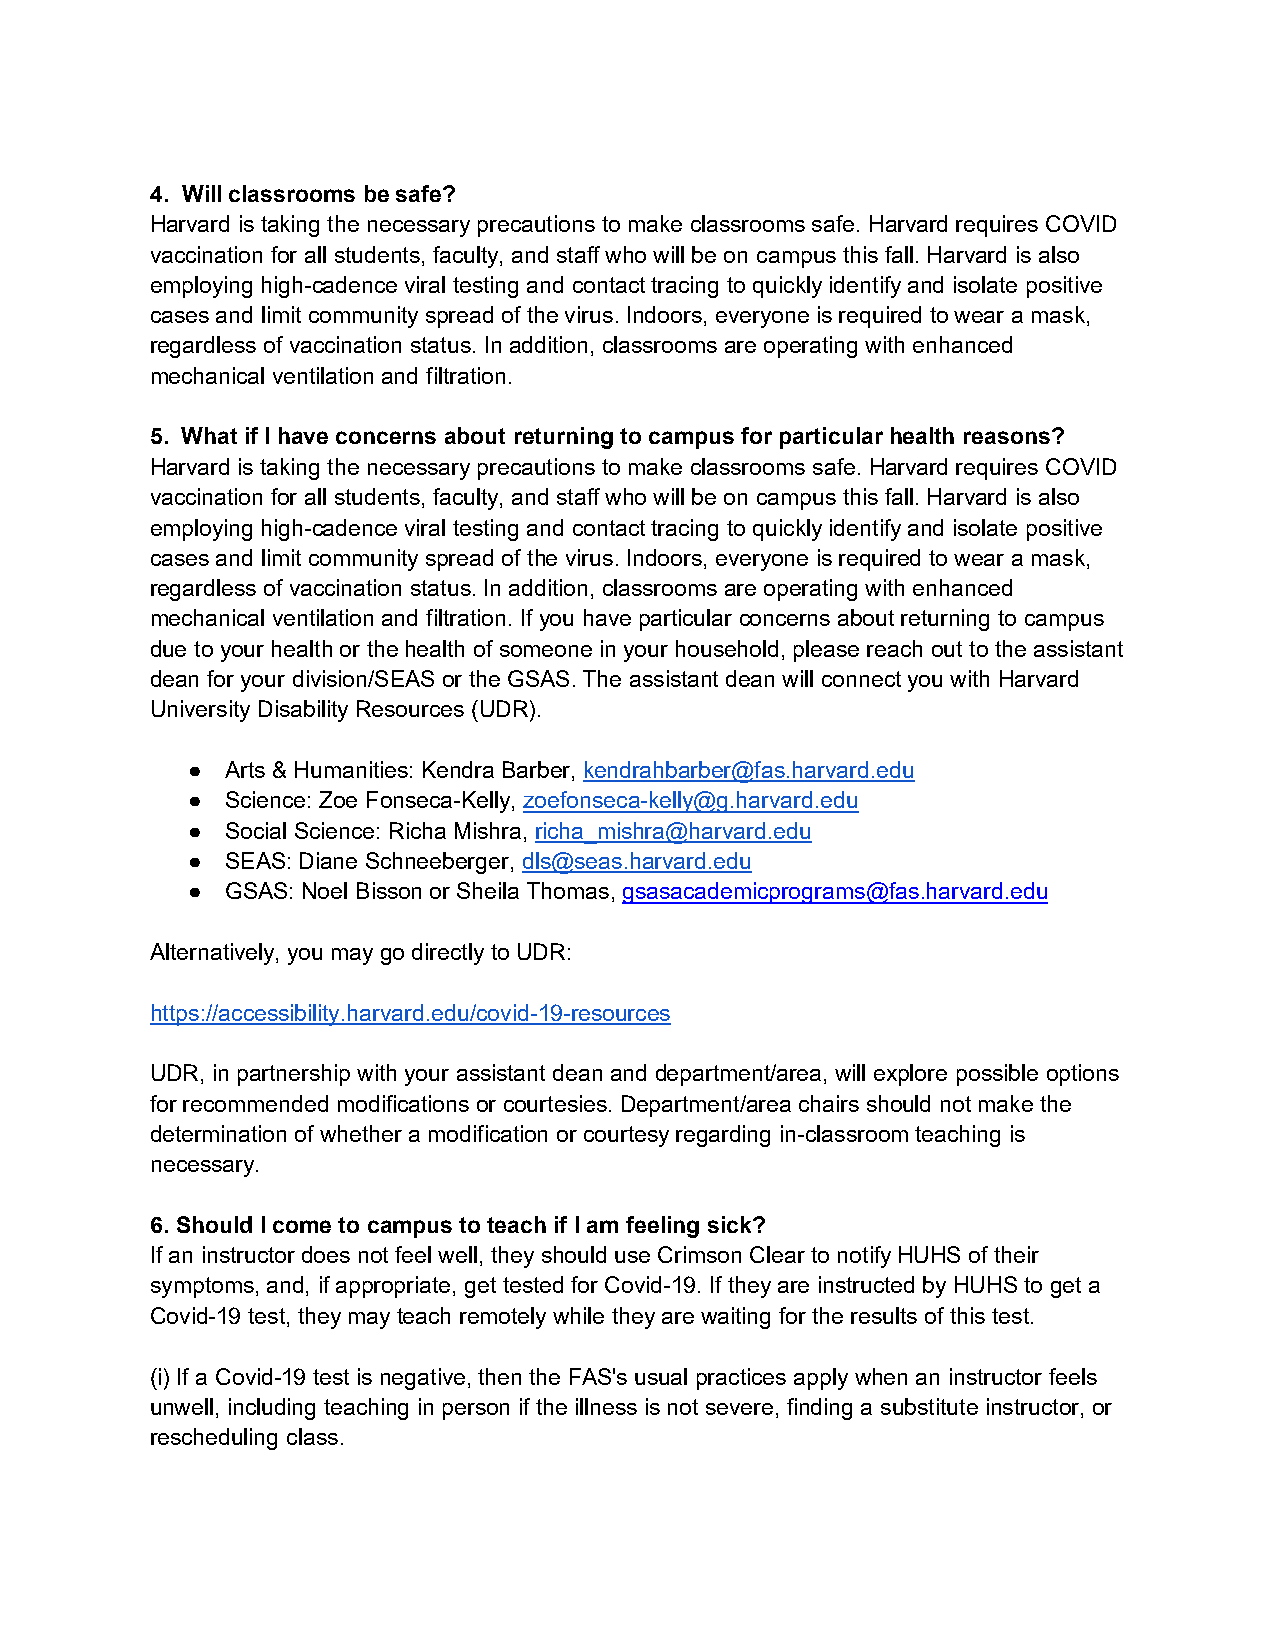
4. Will classrooms be safe?
 Harvard is taking the necessary precautions to make classrooms safe. Harvard requires COVID
 vaccination for all students, faculty, and staff who will be on campus this fall. Harvard is also
 employing high-cadence viral testing and contact tracing to quickly identify and isolate positive
 cases and limit community spread of the virus. Indoors, everyone is required to wear a mask,
 regardless of vaccination status. In addition, classrooms are operating with enhanced
 mechanical ventilation and filtration.
 5. What if I have concerns about returning to campus for particular health reasons?
 Harvard is taking the necessary precautions to make classrooms safe. Harvard requires COVID
 vaccination for all students, faculty, and staff who will be on campus this fall. Harvard is also
 employing high-cadence viral testing and contact tracing to quickly identify and isolate positive
 cases and limit community spread of the virus. Indoors, everyone is required to wear a mask,
 regardless of vaccination status. In addition, classrooms are operating with enhanced
 mechanical ventilation and filtration. If you have particular concerns about returning to campus
 due to your health or the health of someone in your household, please reach out to the assistant
 dean for your division/SEAS or the GSAS. The assistant dean will connect you with Harvard
 University Disability Resources (UDR).
 ●  Arts & Humanities: Kendra Barber, kendrahbarber@fas.harvard.edu
 ●  Science: Zoe Fonseca-Kelly, zoefonseca-kelly@g.harvard.edu
 ●  Social Science: Richa Mishra, richa_mishra@harvard.edu
 ●  SEAS: Diane Schneeberger, dls@seas.harvard.edu
 ●  GSAS: Noel Bisson or Sheila Thomas, gsasacademicprograms@fas.harvard.edu
 Alternatively, you may go directly to UDR:
 https://accessibility.harvard.edu/covid-19-resources
 UDR, in partnership with your assistant dean and department/area, will explore possible options
 for recommended modifications or courtesies. Department/area chairs should not make the
 determination of whether a modification or courtesy regarding in-classroom teaching is
 necessary.
 6. Should I come to campus to teach if I am feeling sick?
 If an instructor does not feel well, they should use Crimson Clear to notify HUHS of their
 symptoms, and, if appropriate, get tested for Covid-19. If they are instructed by HUHS to get a
 Covid-19 test, they may teach remotely while they are waiting for the results of this test.
 (i) If a Covid-19 test is negative, then the FAS's usual practices apply when an instructor feels
 unwell, including teaching in person if the illness is not severe, finding a substitute instructor, or
 rescheduling class.